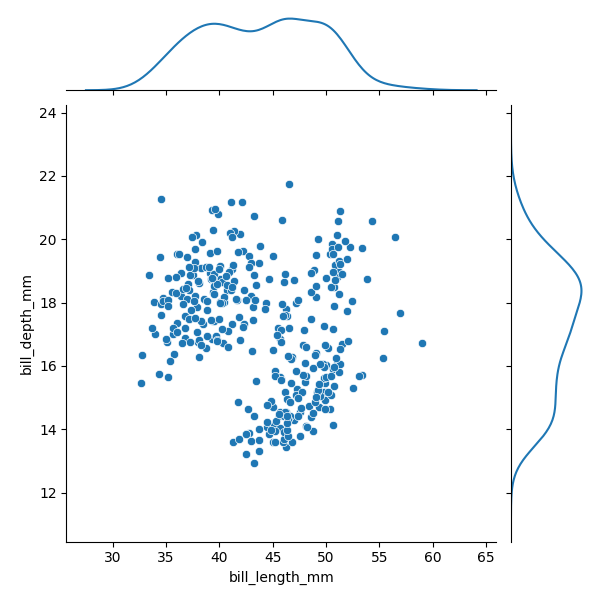
python, seaborn, JointGrid, scatterplot, kdeplot